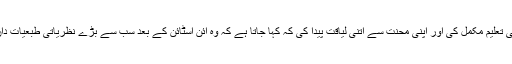
انہوں نے اپنی تعلیم مکمل کی اور اپنی محنت سے اتنی لیاقت پیدا کی کہ کہا جاتا ہے کہ وہ آئن اسٹائن کے بعد سب سے بڑے نظریاتی طبعیات داں قرار پائے۔